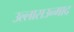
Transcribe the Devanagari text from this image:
उल्लासउन्माद